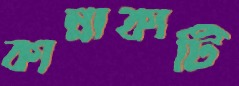
কান্নাকাটি